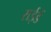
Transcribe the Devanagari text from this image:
राईडें